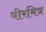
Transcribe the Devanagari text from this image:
वीरमित्र